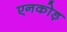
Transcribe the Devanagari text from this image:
एनकोड़